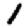
Digit: 1